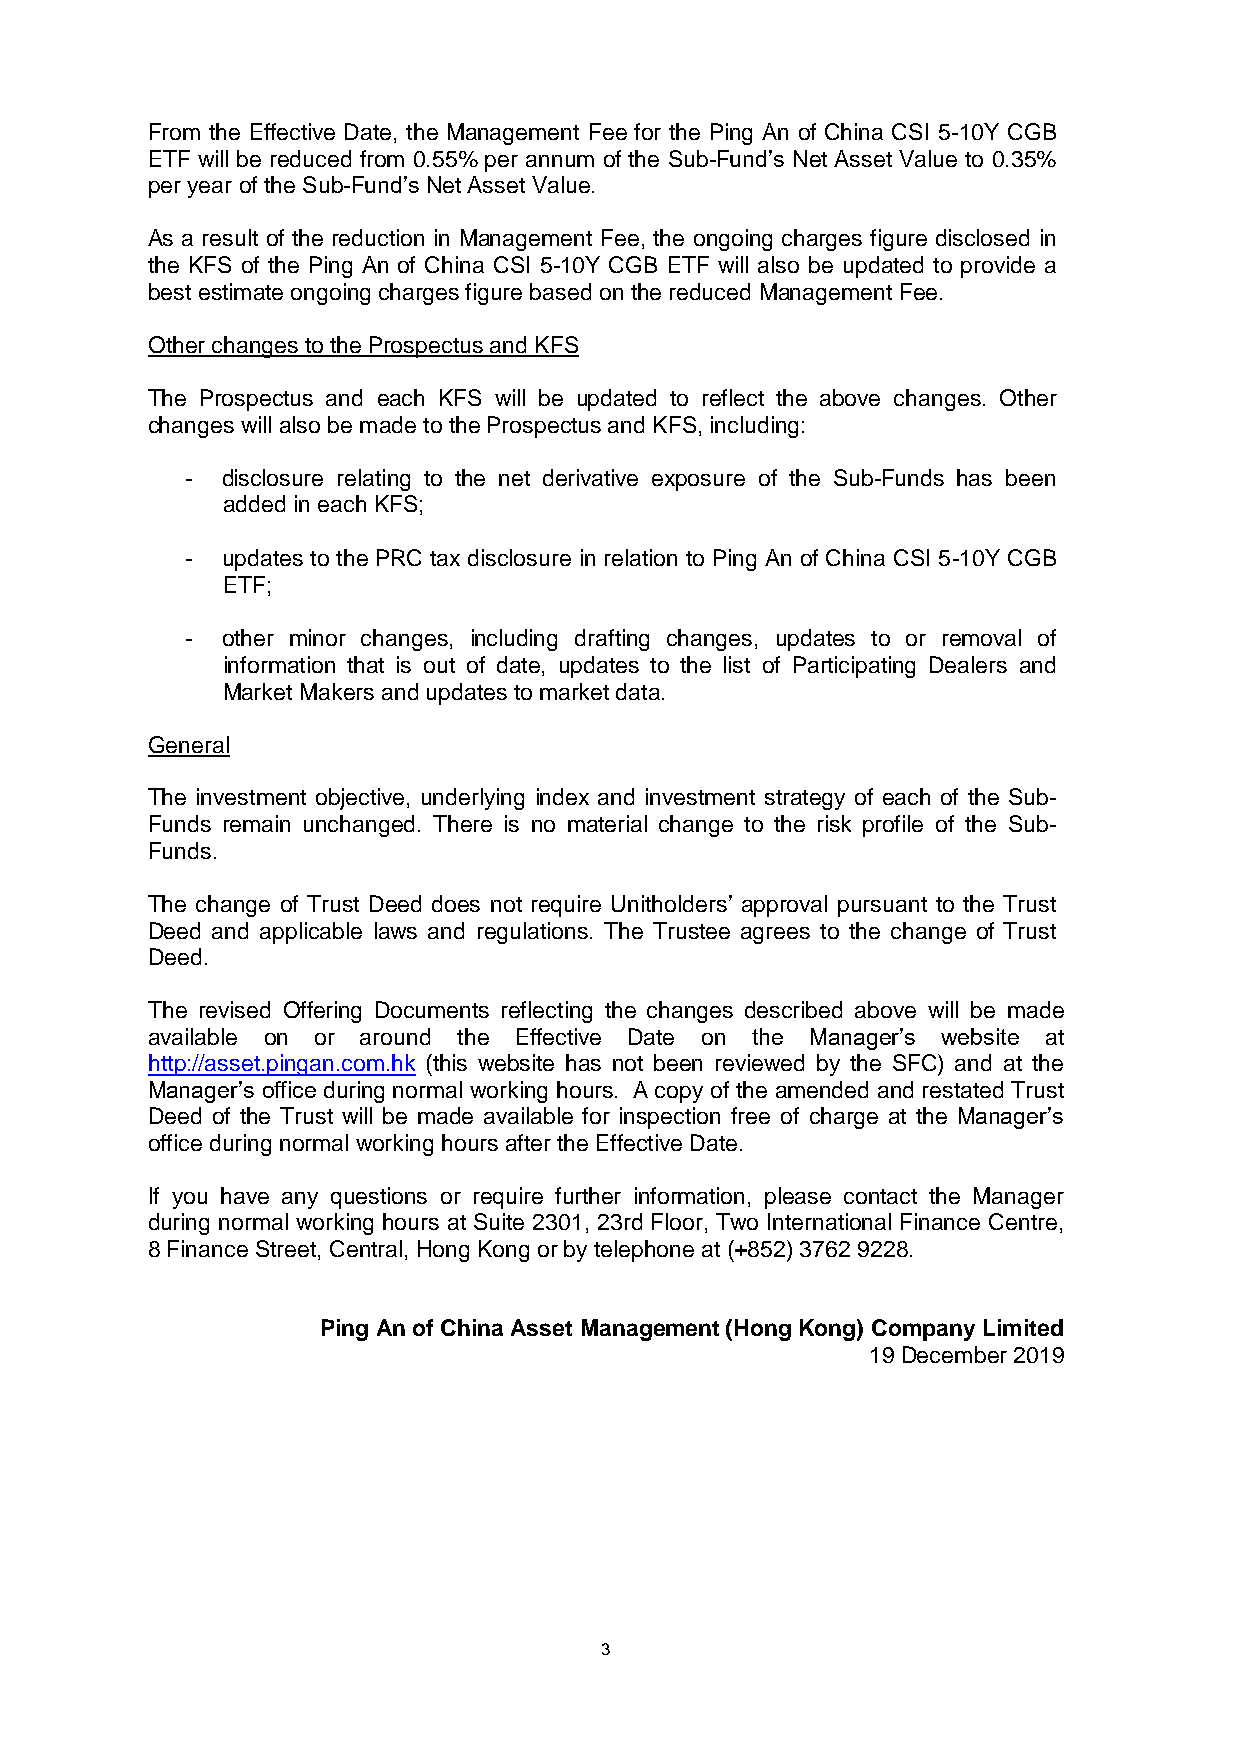
From the Effective Date, the Management Fee for the Ping An of China CSI 5-10Y CGB
 ETF will be reduced from 0.55% per annum of the Sub-Fund’s Net Asset Value to 0.35%
 per year of the Sub-Fund’s Net Asset Value.
 As a result of the reduction in Management Fee, the ongoing charges figure disclosed in
 the KFS of the Ping An of China CSI 5-10Y CGB ETF will also be updated to provide a
 best estimate ongoing charges figure based on the reduced Management Fee.
 Other changes to the Prospectus and KFS
 The Prospectus and each KFS will be updated to reflect the above changes. Other
 changes will also be made to the Prospectus and KFS, including:
 -  disclosure relating to the net derivative exposure of the Sub-Funds has been
 added in each KFS;
 -  updates to the PRC tax disclosure in relation to Ping An of China CSI 5-10Y CGB
 ETF;
 -  other minor changes, including drafting changes, updates to or removal of
 information that is out of date, updates to the list of Participating Dealers and
 Market Makers and updates to market data.
 General
 The investment objective, underlying index and investment strategy of each of the Sub-
 Funds remain unchanged. There is no material change to the risk profile of the Sub-
 Funds.
 The change of Trust Deed does not require Unitholders’ approval pursuant to the Trust
 Deed and applicable laws and regulations. The Trustee agrees to the change of Trust
 Deed.
 The revised Offering Documents reflecting the changes described above will be made
 available on or around the Effective Date on the Manager’s website at
 http://asset.pingan.com.hk (this website has not been reviewed by the SFC) and at the
 Manager’s office during normal working hours. A copy of the amended and restated Trust
 Deed of the Trust will be made available for inspection free of charge at the Manager’s
 office during normal working hours after the Effective Date.
 If you have any questions or require further information, please contact the Manager
 during normal working hours at Suite 2301, 23rd Floor, Two International Finance Centre,
 8 Finance Street, Central, Hong Kong or by telephone at (+852) 3762 9228.
 Ping An of China Asset Management (Hong Kong) Company Limited
 19 December 2019
 3